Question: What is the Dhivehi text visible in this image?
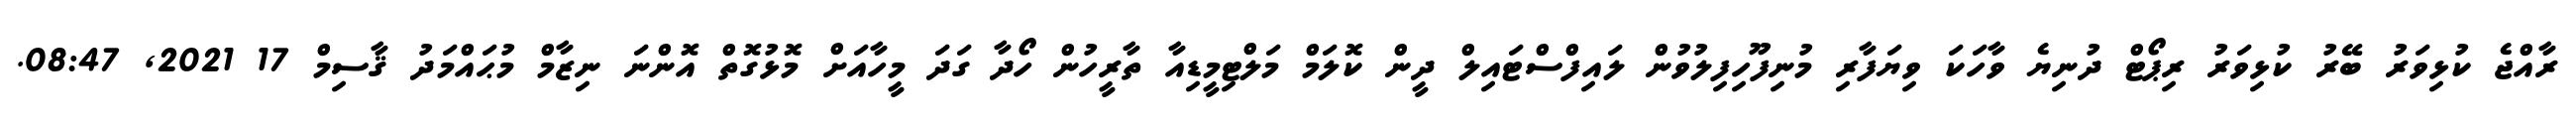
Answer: ރާއްޖެ ކުޅިވަރު ބޭރު ކުޅިވަރު ރިޕޯޓް ދުނިޔެ ވާހަކަ ވިޔަފާރި މުނިފޫހިފިލުވުން ލައިފްސްޓައިލް ދީން ކޮލަމް މަލްޓިމީޑިއާ ތާރީހުން ހޯދާ ގަދަ މީހާއަށް މޮޅުގޮތް އޮންނަ ނިޒާމް މުޙައްމަދު ޤާސިމް 17 2021, 08:47.